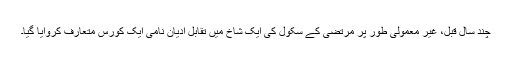
چند سال قبل، غیر معمولی طور پر مرتضٰی کے سکول کی ایک شاخ میں تقابلِ ادیان نامی ایک کورس متعارف کروایا گیا۔